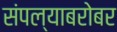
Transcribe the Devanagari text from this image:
संपल्याबरोबर